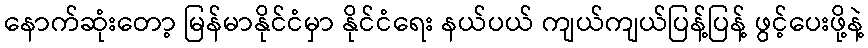
နောက်ဆုံးတော့ မြန်မာနိုင်ငံမှာ နိုင်ငံရေး နယ်ပယ် ကျယ်ကျယ်ပြန့်ပြန့် ဖွင့်ပေးဖို့နဲ့